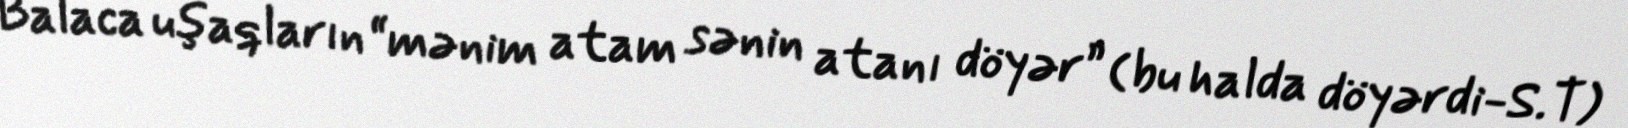
Balaca uşaqların “mənim atam sənin atanı döyər” (bu halda döyərdi-S.T)